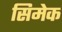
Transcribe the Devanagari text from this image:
सिमेक